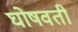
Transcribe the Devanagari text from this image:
घोषवती